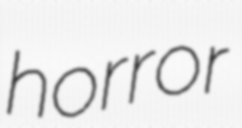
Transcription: horror